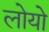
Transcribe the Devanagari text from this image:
लोयो